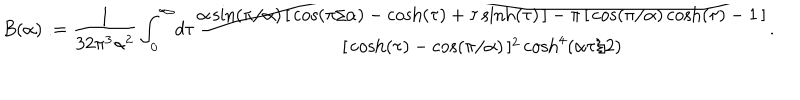
LaTeX: B ( \alpha ) : = \frac { 1 } { 3 2 \pi ^ { 3 } \alpha ^ { 2 } } \int _ { 0 } ^ { \infty } \! d \tau \frac { \alpha \sin ( \pi / \alpha ) \, [ \, \cos ( \pi / \alpha ) - \cosh ( \tau ) + \tau \sinh ( \tau ) \, ] - \pi \, [ \, \cos ( \pi / \alpha ) \cosh ( \tau ) - 1 \, ] } { [ \, \cosh ( \tau ) - \cos ( \pi / \alpha ) \, ] ^ { 2 } \cosh ^ { 4 } ( \alpha \tau / 2 ) } .